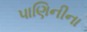
પાણિનીના